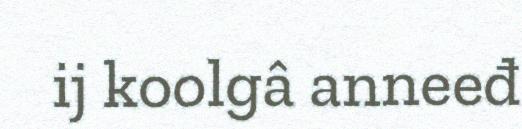
ij koolgâ anneeđ